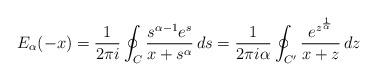
LaTeX: \begin{align*} E_\alpha(-x) &= \frac{1}{2\pi i}\oint_{C} \frac{s^{\alpha-1}e^s}{x+s^{\alpha}}\,ds = \frac{1}{2\pi i\alpha}\oint_{C^\prime} \frac{e^{z^{\frac{1}{\alpha}}}}{x+z}\,dz\end{align*}